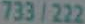
733/222